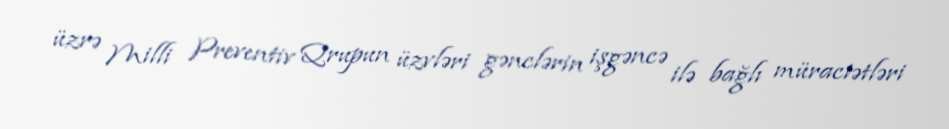
üzrə Milli Preventiv Qrupun üzvləri gənclərin işgəncə ilə bağlı müraciətləri